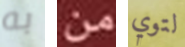
به من لتوي